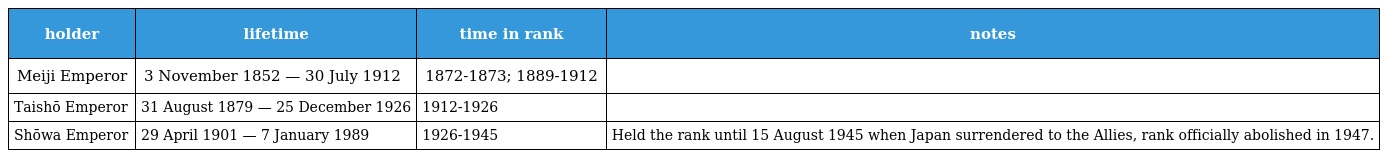
| holder | lifetime | time in rank | notes |
 | --- | --- | --- | --- |
 | Meiji Emperor | 3 November 1852 — 30 July 1912 | 1872-1873; 1889-1912 |  |
 | Taishō Emperor | 31 August 1879 — 25 December 1926 | 1912-1926 |  |
 | Shōwa Emperor | 29 April 1901 — 7 January 1989 | 1926-1945 | Held the rank until 15 August 1945 when Japan surrendered to the Allies, rank officially abolished in 1947. |